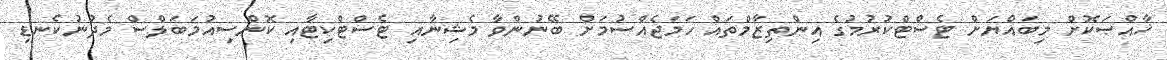
ޚާއްޞަކޮށް މިބައްޔަށް ޓެސްޓްކުރުމުގެ އިންތިޒާމްތައް ހަމަޖެއްސުމަށް ބޭނުންވާ މެޝިނާއި ޓެސްޓްކިޓާއި ކޮންސިއުމަބަލްސް މެދުނުކެނޑި